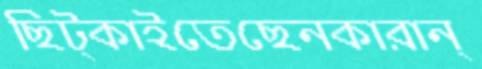
ছিট্‌কাইতেছেনকারান্